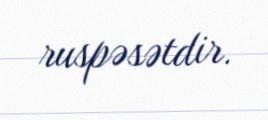
ruspəsətdir.